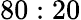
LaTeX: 80:20